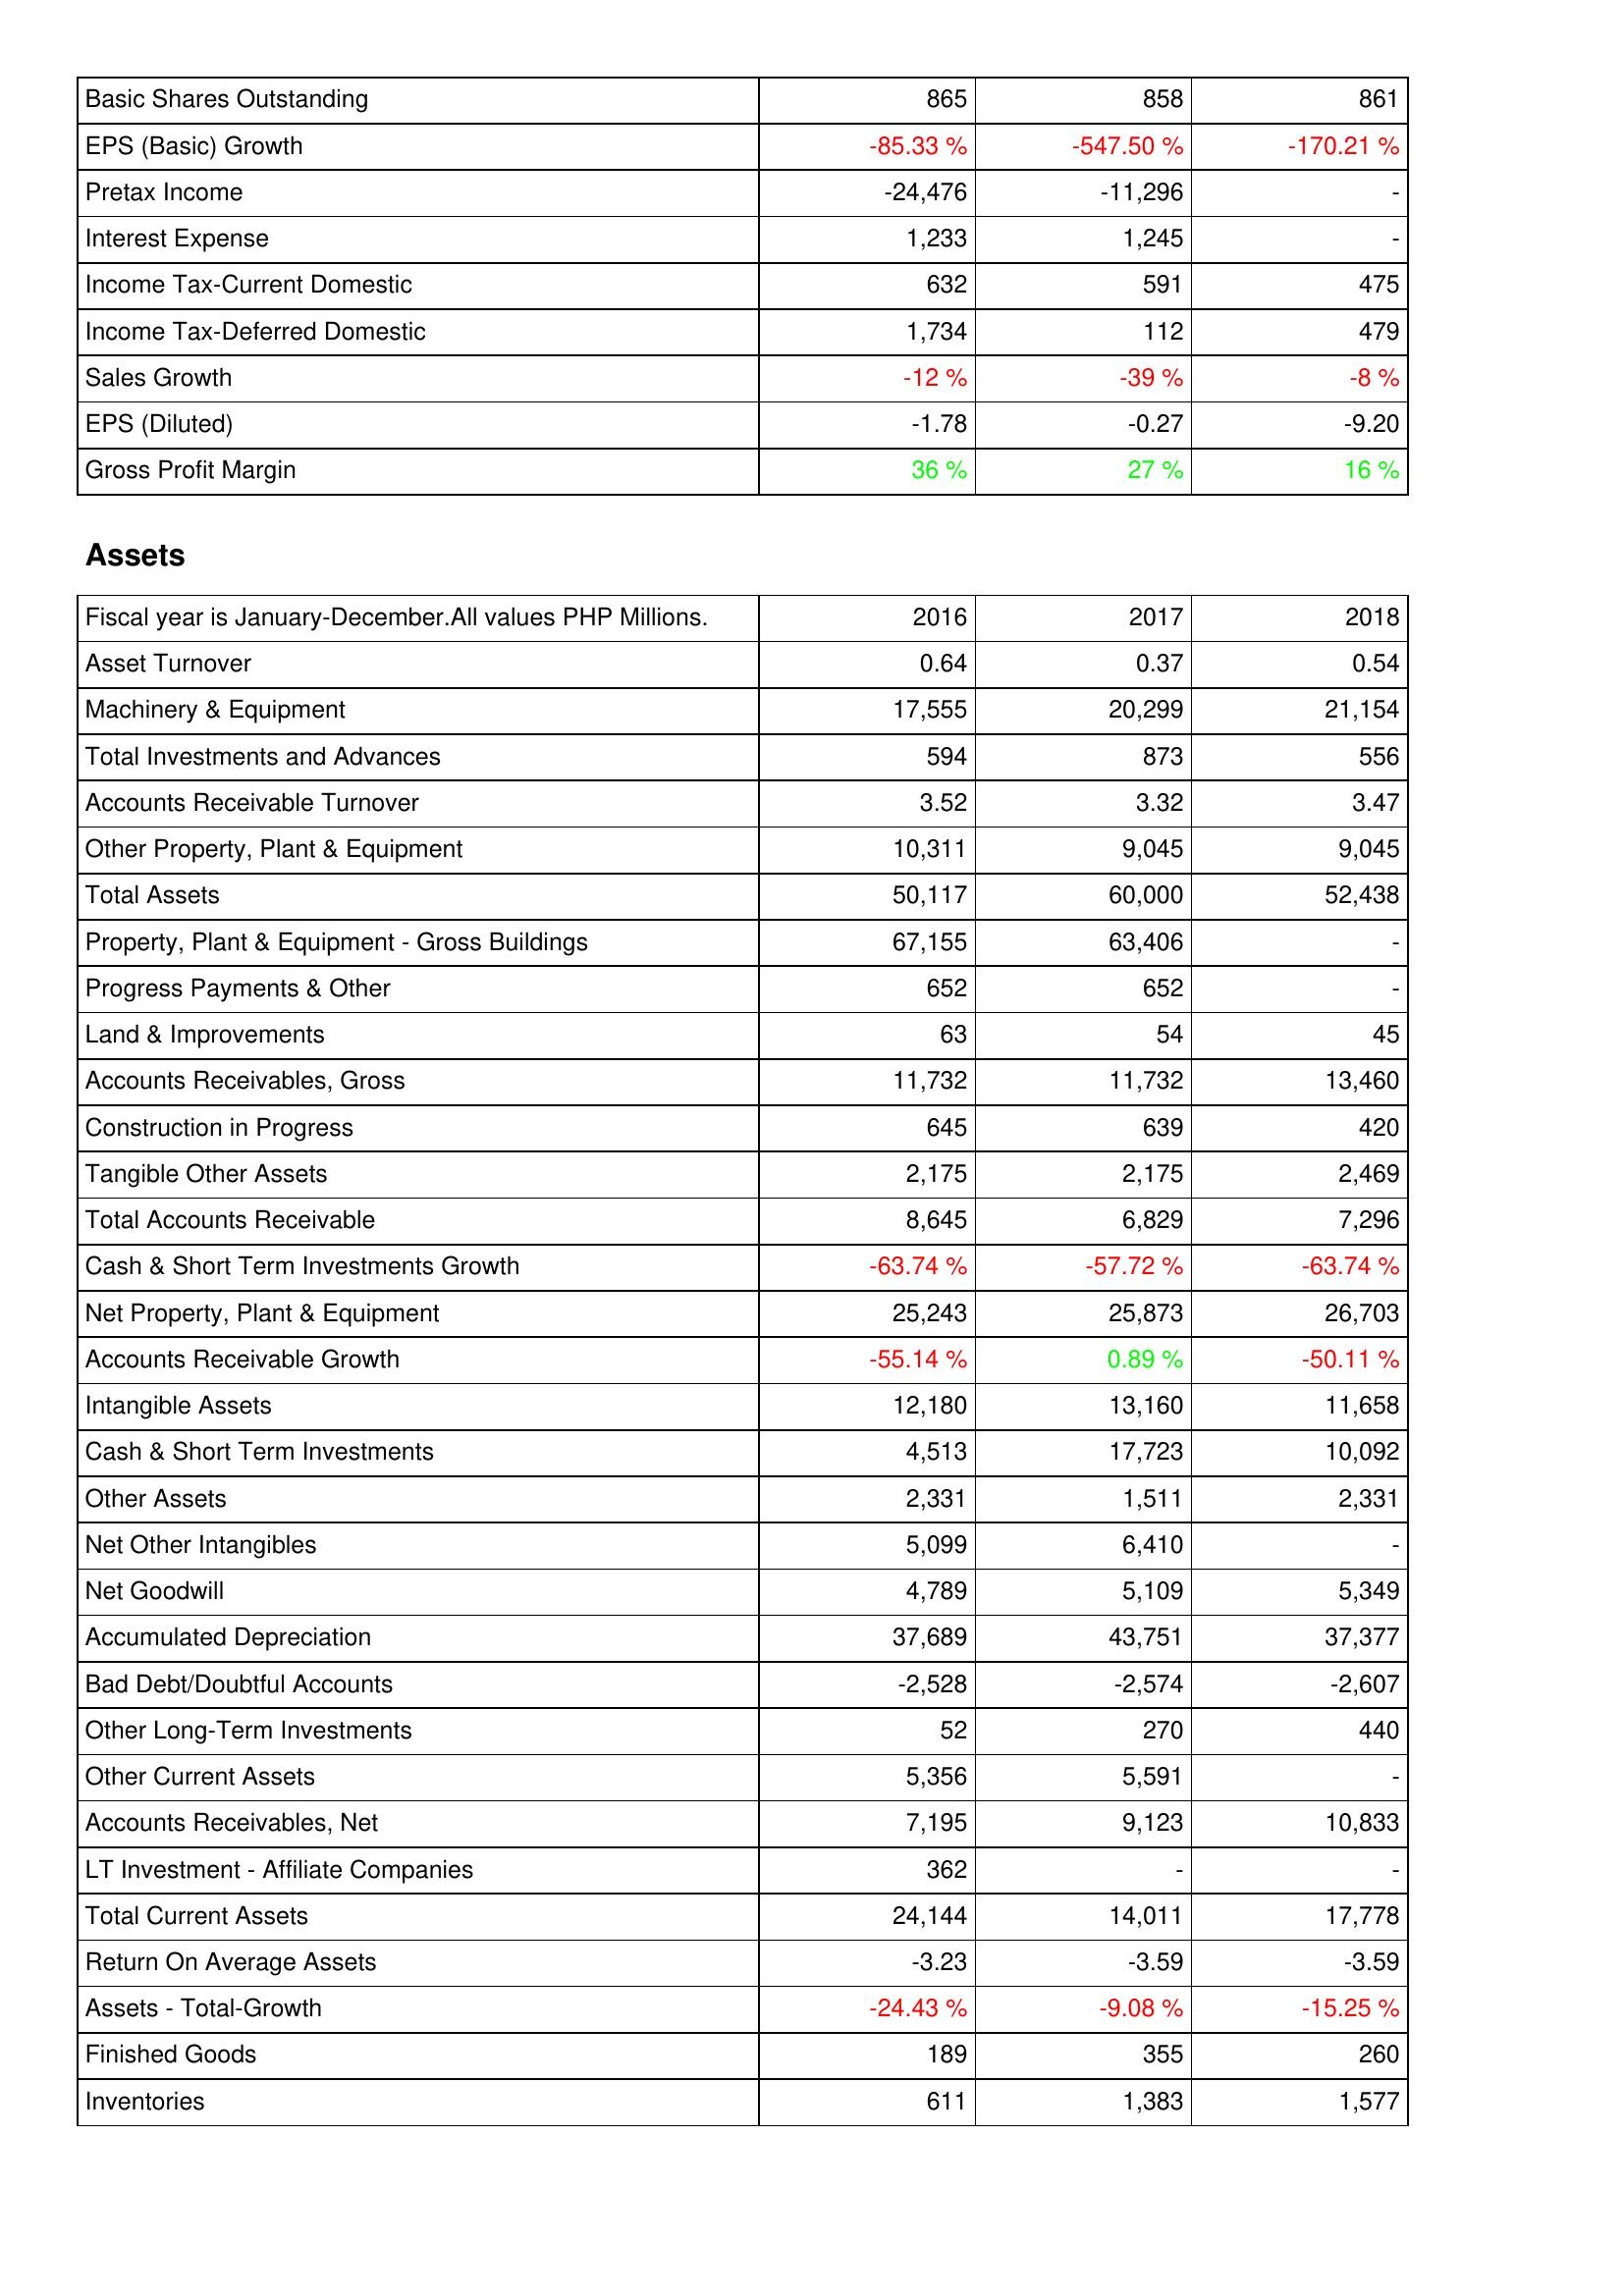
2016: Income Statement: Basic Shares Outstanding: 865
EPS (Basic) Growth: -85.33 %
Pretax Income: -24,476
Interest Expense: 1,233
Income Tax-Current Domestic: 632
Income Tax-Deferred Domestic: 1,734
Sales Growth: -12 %
EPS (Diluted): -1.78
Gross Profit Margin: 36 %
Assets: Asset Turnover: 0.64
Machinery & Equipment: 17,555
Total Investments and Advances: 594
Accounts Receivable Turnover: 3.52
Other Property, Plant & Equipment: 10,311
Total Assets: 50,117
Property, Plant & Equipment - Gross Buildings: 67,155
Progress Payments & Other: 652
Land & Improvements: 63
Accounts Receivables, Gross: 11,732
Construction in Progress: 645
Tangible Other Assets: 2,175
Total Accounts Receivable: 8,645
Cash & Short Term Investments Growth: -63.74 %
Net Property, Plant & Equipment: 25,243
Accounts Receivable Growth: -55.14 %
Intangible Assets: 12,180
Cash & Short Term Investments: 4,513
Other Assets: 2,331
Net Other Intangibles: 5,099
Net Goodwill: 4,789
Accumulated Depreciation: 37,689
Bad Debt/Doubtful Accounts: -2,528
Other Long-Term Investments: 52
Other Current Assets: 5,356
Accounts Receivables, Net: 7,195
LT Investment - Affiliate Companies: 362
Total Current Assets: 24,144
Return On Average Assets: -3.23
Assets - Total-Growth: -24.43 %
Finished Goods: 189
Inventories: 611
2017: Income Statement: Basic Shares Outstanding: 858
EPS (Basic) Growth: -547.50 %
Pretax Income: -11,296
Interest Expense: 1,245
Income Tax-Current Domestic: 591
Income Tax-Deferred Domestic: 112
Sales Growth: -39 %
EPS (Diluted): -0.27
Gross Profit Margin: 27 %
Assets: Asset Turnover: 0.37
Machinery & Equipment: 20,299
Total Investments and Advances: 873
Accounts Receivable Turnover: 3.32
Other Property, Plant & Equipment: 9,045
Total Assets: 60,000
Property, Plant & Equipment - Gross Buildings: 63,406
Progress Payments & Other: 652
Land & Improvements: 54
Accounts Receivables, Gross: 11,732
Construction in Progress: 639
Tangible Other Assets: 2,175
Total Accounts Receivable: 6,829
Cash & Short Term Investments Growth: -57.72 %
Net Property, Plant & Equipment: 25,873
Accounts Receivable Growth: 0.89 %
Intangible Assets: 13,160
Cash & Short Term Investments: 17,723
Other Assets: 1,511
Net Other Intangibles: 6,410
Net Goodwill: 5,109
Accumulated Depreciation: 43,751
Bad Debt/Doubtful Accounts: -2,574
Other Long-Term Investments: 270
Other Current Assets: 5,591
Accounts Receivables, Net: 9,123
LT Investment - Affiliate Companies: -
Total Current Assets: 14,011
Return On Average Assets: -3.59
Assets - Total-Growth: -9.08 %
Finished Goods: 355
Inventories: 1,383
2018: Income Statement: Basic Shares Outstanding: 861
EPS (Basic) Growth: -170.21 %
Pretax Income: -
Interest Expense: -
Income Tax-Current Domestic: 475
Income Tax-Deferred Domestic: 479
Sales Growth: -8 %
EPS (Diluted): -9.20
Gross Profit Margin: 16 %
Assets: Asset Turnover: 0.54
Machinery & Equipment: 21,154
Total Investments and Advances: 556
Accounts Receivable Turnover: 3.47
Other Property, Plant & Equipment: 9,045
Total Assets: 52,438
Property, Plant & Equipment - Gross Buildings: -
Progress Payments & Other: -
Land & Improvements: 45
Accounts Receivables, Gross: 13,460
Construction in Progress: 420
Tangible Other Assets: 2,469
Total Accounts Receivable: 7,296
Cash & Short Term Investments Growth: -63.74 %
Net Property, Plant & Equipment: 26,703
Accounts Receivable Growth: -50.11 %
Intangible Assets: 11,658
Cash & Short Term Investments: 10,092
Other Assets: 2,331
Net Other Intangibles: -
Net Goodwill: 5,349
Accumulated Depreciation: 37,377
Bad Debt/Doubtful Accounts: -2,607
Other Long-Term Investments: 440
Other Current Assets: -
Accounts Receivables, Net: 10,833
LT Investment - Affiliate Companies: -
Total Current Assets: 17,778
Return On Average Assets: -3.59
Assets - Total-Growth: -15.25 %
Finished Goods: 260
Inventories: 1,577